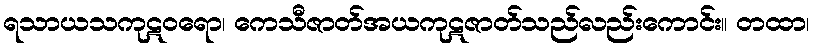
ရသာယသကုဋဝရော၊ ကေသီဇာတ်အယကုဋဇာတ်သည်လည်းကောင်း။ တထာ၊